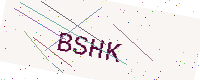
Text: BSHK